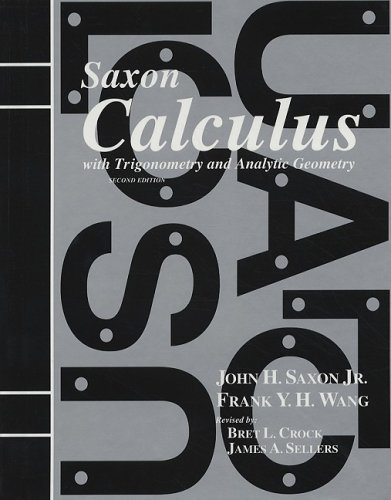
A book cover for Calculus with Trigonometry and Analytic Geometry; John H. Saxon; Science & Math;